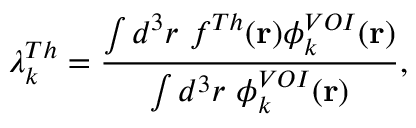
\lambda _ { k } ^ { T h } = \frac { \int d ^ { 3 } r ~ f ^ { T h } ( \mathbf { r } ) \phi _ { k } ^ { V O I } ( \mathbf { r } ) } { \int d ^ { 3 } r ~ \phi _ { k } ^ { V O I } ( \mathbf { r } ) } ,